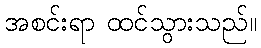
အစင်းရာ ထင်သွားသည်။